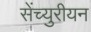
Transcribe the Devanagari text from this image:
सेंच्युरीयन